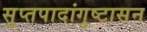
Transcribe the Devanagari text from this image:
सुप्तपादांगुष्टासन